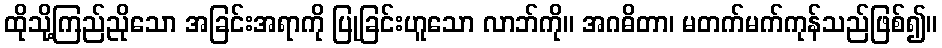
ထိုသို့ကြည်ညိုသော အခြင်းအရာကို ပြုခြင်းဟူသော လာဘ်ကို။ အဂဓိတာ၊ မတက်မက်ကုန်သည်ဖြစ်၍။